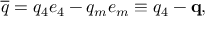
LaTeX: \overline { { { q } } } = q _ { 4 } e _ { 4 } - q _ { m } e _ { m } \equiv q _ { 4 } - \mathbf { q } ,